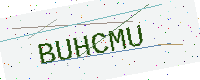
Text: BUHCMU